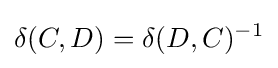
\delta (C,D)=\delta (D,C)^{-1}